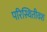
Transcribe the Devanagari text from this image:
परिस्थितीवश